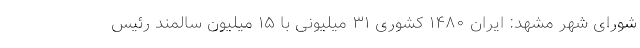
شورای شهر مشهد: ایران ۱۴۸۰ کشوری ۳۱ میلیونی با ۱۵ میلیون سالمند رئیس